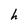
Character: h